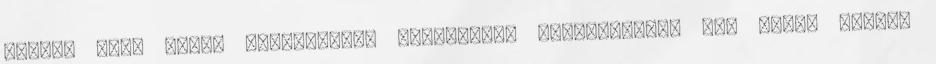
Gyurma pont ilyen hűha-játék. Elképesztő népszerűsége épp ebből fakad,